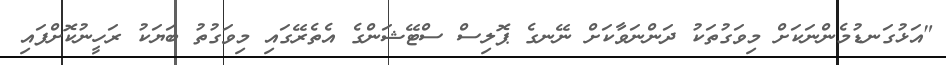
"އަޅުގަނޑުމެންނަކަށް މިވަގުތަކު ދަންނަވާކަށް ނޭނގެ ޕޮލިސް ސްޓޭޝަންގެ އެތެރޭގައި މިވަގުތު ބަޔަކު ރަހީނުކޮށްފައި